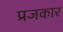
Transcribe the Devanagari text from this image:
प्रजकार